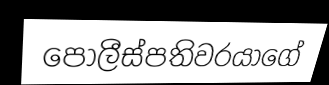
පොලීස්පතිවරයාගේ